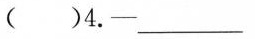
( )4.—___